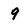
Character: 9